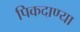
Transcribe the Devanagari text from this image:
पिकदाण्या